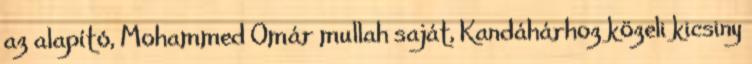
az alapító, Mohammed Omár mullah saját, Kandáhárhoz közeli kicsiny